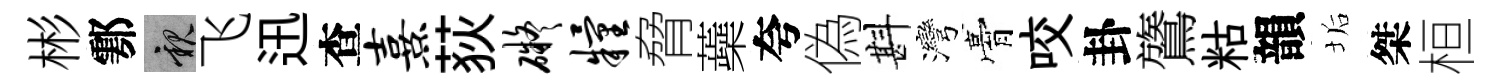
彬鄠親飞迅查熹荻碍粮脅蘃夸偽斟灣膏咬卦鷟䊀韻垢桀桓